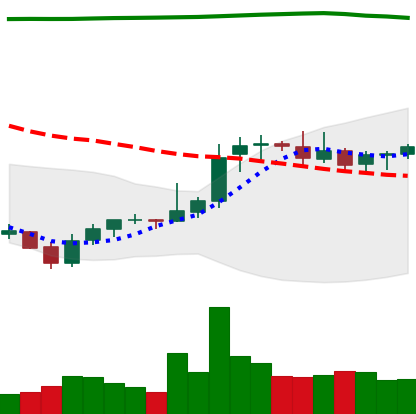
Ticker: XRP-USD
Chart end date: 2021-08-06
Forward return: 35.634%
Label: up_7plus